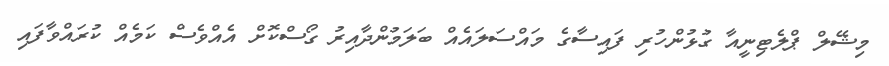
މިޝޭލް ޕްލެޓިނީއާ ގުޅުންހުރި ފައިސާގެ މައްސަލައެއް ބަލަމުންދާއިރު ގޯސްކޮށް އެއްވެސް ކަމެއް ކުރައްވާފައި